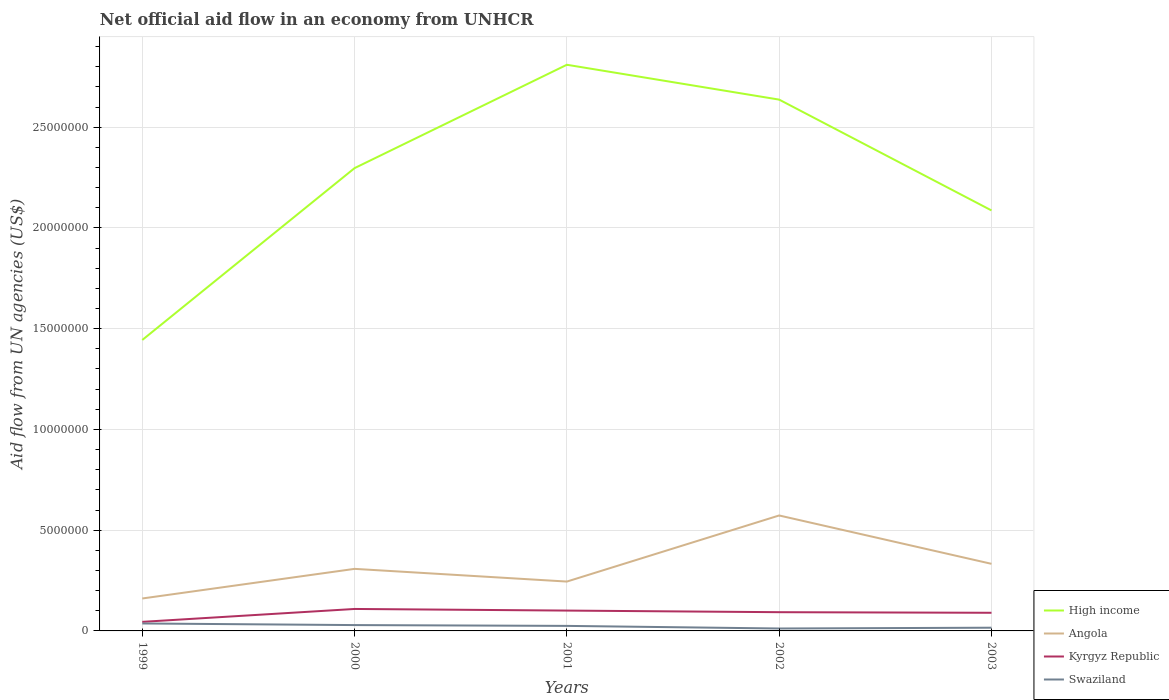
| Years | High income | Angola | Kyrgyz Republic | Swaziland |
 | --- | --- | --- | --- | --- |
 | 1999 | 1.44e+07 | 1.61e+06 | 4.5e+05 | 3.7e+05 |
 | 2000 | 2.3e+07 | 3.08e+06 | 1.09e+06 | 2.9e+05 |
 | 2001 | 2.81e+07 | 2.45e+06 | 1.01e+06 | 2.5e+05 |
 | 2002 | 2.64e+07 | 5.73e+06 | 9.3e+05 | 1.2e+05 |
 | 2003 | 2.09e+07 | 3.33e+06 | 9e+05 | 1.6e+05 |